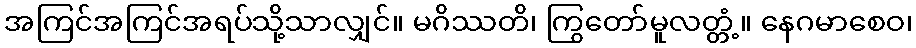
အကြင်အကြင်အရပ်သို့သာလျှင်။ မဂိဿတိ၊ ကြွတော်မူလတ္တံ့။ နေဂမာစေဝ၊